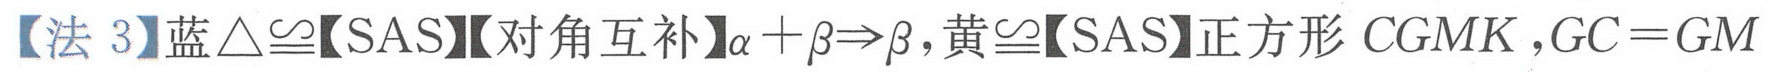
【法 3】蓝$\triangle\cong$【SAS】【对角互补】$\alpha+\beta\Rightarrow\beta$,黄$\cong$【SAS】正方形$CGMK,GC = GM$